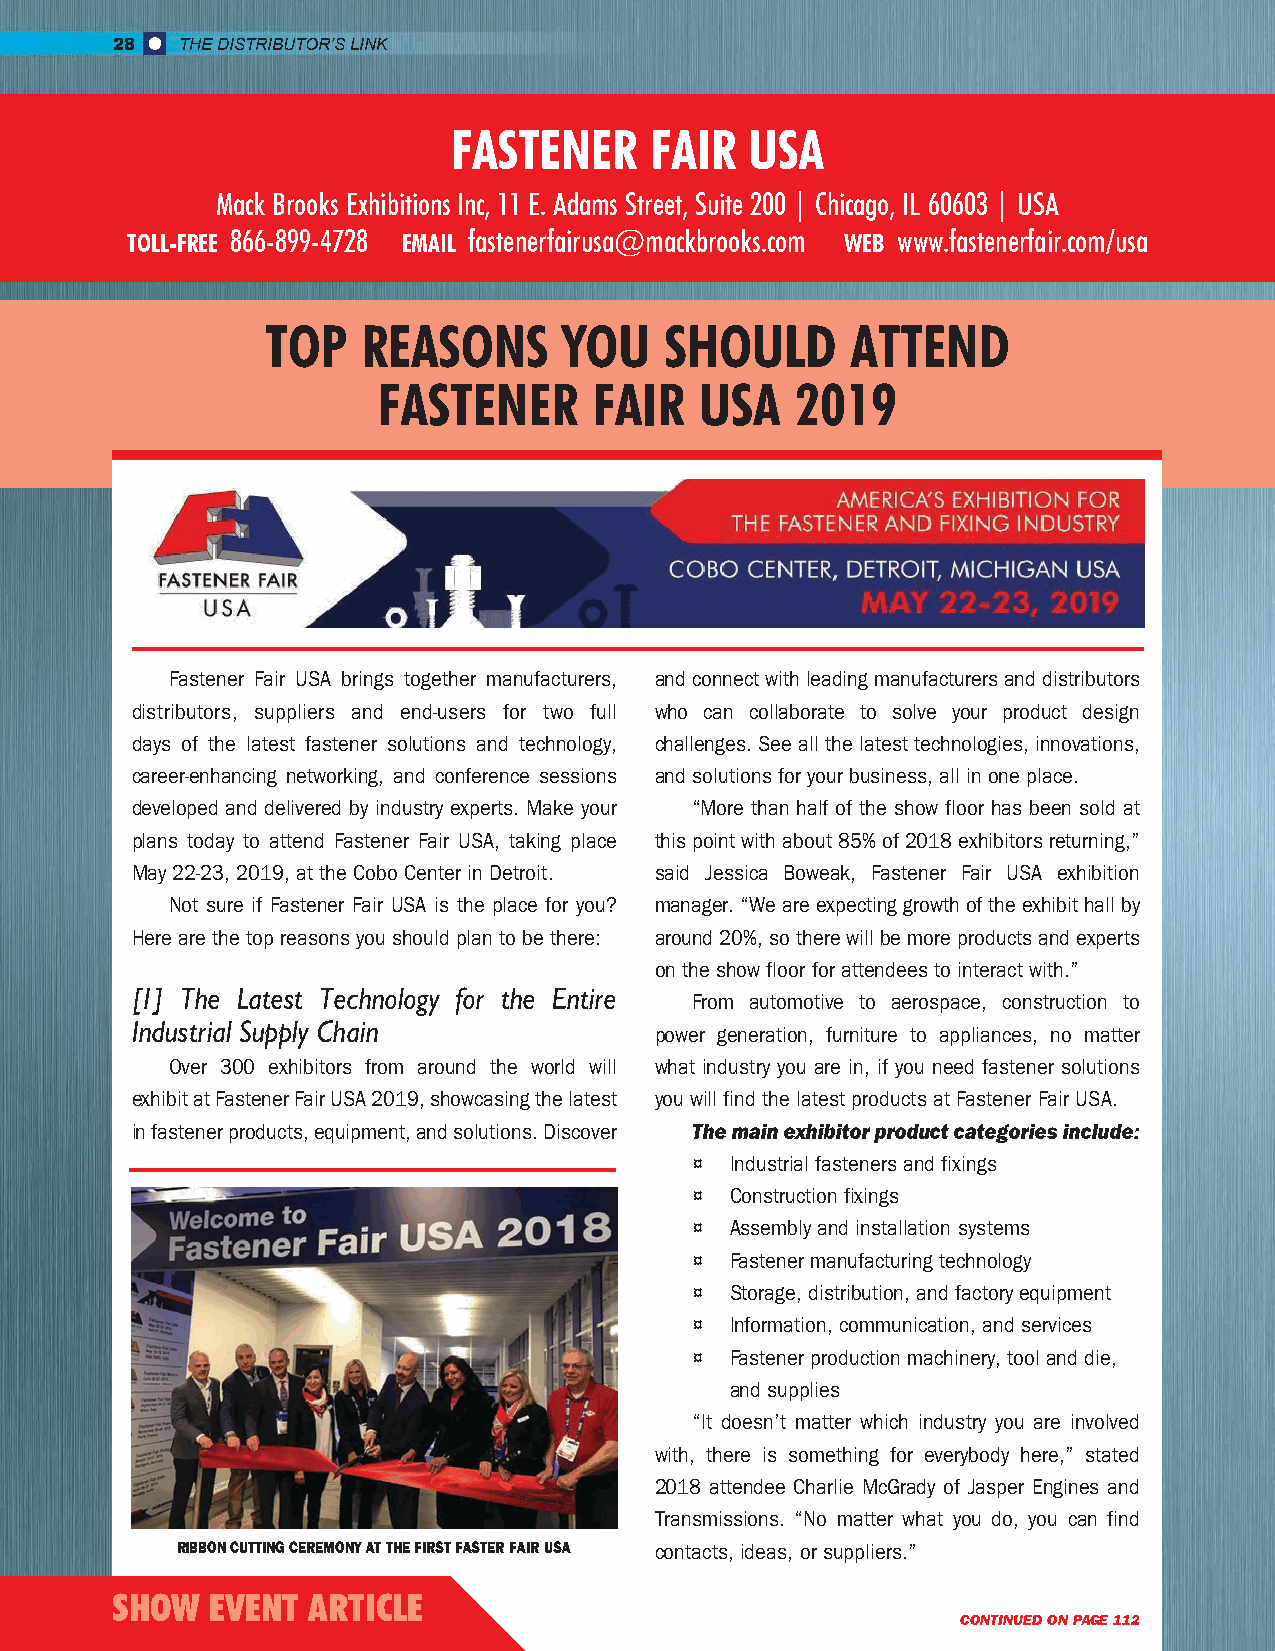
28   THE DISTRIBUTOR’S LINK
 FASTENER     FAIR   USA
 Mack Brooks Exhibitions Inc, 11 E. Adams Street, Suite 200 | Chicago, IL 60603 | USA
 TOLL-FREE 866-899-4728 EMAIL fastenerfairusa@mackbrooks.com WEB www.fastenerfair.com/usa
 TOP   REASONS      YOU    SHOULD      ATTEND
 FASTENER      FAIR   USA    2019
 Fastener Fair USA brings together manufacturers, and connect with leading manufacturers and distributors
 distributors, suppliers and end-users for two full who can collaborate to solve your product design
 days of the latest fastener solutions and technology, challenges. See all the latest technologies, innovations,
 career-enhancing networking, and conference sessions and solutions for your business, all in one place.
 developed and delivered by industry experts. Make your “More than half of the show floor has been sold at
 plans today to attend Fastener Fair USA, taking place this point with about 85% of 2018 exhibitors returning,”
 May 22-23, 2019, at the Cobo Center in Detroit. said Jessica Boweak, Fastener Fair USA exhibition
 Not sure if Fastener Fair USA is the place for you? manager. “We are expecting growth of the exhibit hall by
 Here are the top reasons you should plan to be there: around 20%, so there will be more products and experts
 on the show floor for attendees to interact with.”
 [1] The Latest Technology for the Entire
 From automotive to aerospace, construction to
 Industrial Supply Chain
 power generation, furniture to appliances, no matter
 Over 300 exhibitors from around the world will what industry you are in, if you need fastener solutions
 exhibit at Fastener Fair USA 2019, showcasing the latest you will find the latest products at Fastener Fair USA.
 in fastener products, equipment, and solutions. Discover The main exhibitor product categories include:
 ¤ Industrial fasteners and fixings
 ¤ Construction fixings
 ¤ Assembly and installation systems
 ¤ Fastener manufacturing technology
 ¤ Storage, distribution, and factory equipment
 ¤ Information, communication, and services
 ¤ Fastener production machinery, tool and die,
 and supplies
 “It doesn’t matter which industry you are involved
 with, there is something for everybody here,” stated
 2018 attendee Charlie McGrady of Jasper Engines and
 Transmissions. “No matter what you do, you can find
 RIBBON CUTTING CEREMONY AT THE FIRST FASTER FAIR USA contacts, ideas, or suppliers.”
 SHOW   EVENT ARTICLE
 CONTINUED ON PAGE 112